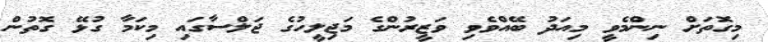
މިގޮތަށް ނިންމެވީ މިއަދު ބޭއްވެވި ވަޒީރުންގެ މަޖިލީހުގެ ޖަލްސާގައި މިކަމާ ގުޅޭ ގޮތުން